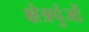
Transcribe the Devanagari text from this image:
क्षेत्रपुंजों